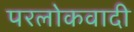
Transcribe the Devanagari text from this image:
परलोकवादी